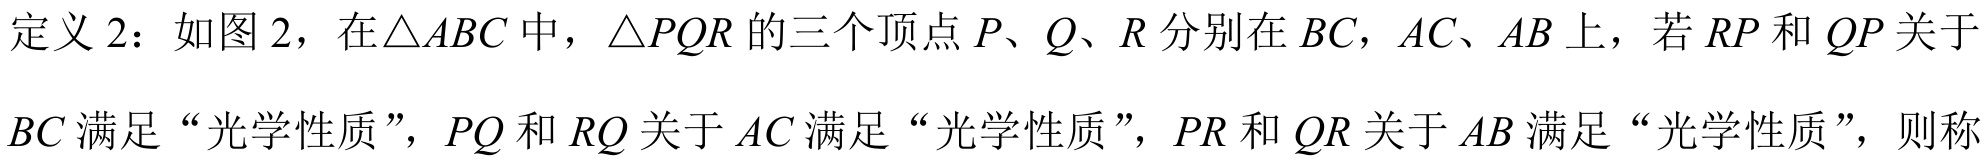
定义2：如图2，在\(\triangle ABC\)中，\(\triangle PQR\)的三个顶点\(P、Q、R\)分别在\(BC\)，\(AC\)、\(AB\)上，若\(RP\)和\(QP\)关于\(BC\)满足“光学性质”，\(PQ\)和\(RQ\)关于\(AC\)满足“光学性质”，\(PR\)和\(QR\)关于\(AB\)满足“光学性质”，则称